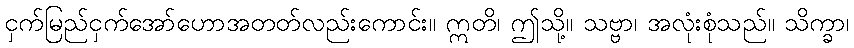
ငှက်မြည်ငှက်အော်ဟောအတတ်လည်းကောင်း။ ဣတိ၊ ဤသို့။ သဗ္ဗာ၊ အလုံးစုံသည်။ သိက္ခာ၊